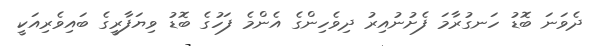
ދެވަނަ ބޮޑު ހަނގުރާމަ ފެށުނުއިރު ދިވެހިންގެ އެންމެ ފަހުގެ ބޮޑު ވިޔަފާރީގެ ބައިވެރިއަކީ